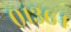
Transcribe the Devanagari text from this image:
०१३६४